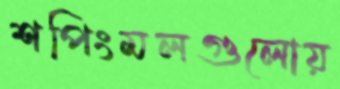
শপিংমলগুলোয়